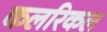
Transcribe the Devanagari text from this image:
कलरिकल